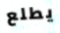
يطلع